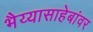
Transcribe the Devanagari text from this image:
भैय्यासाहेबांवर